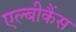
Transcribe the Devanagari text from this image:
एल्‍बीकैंस